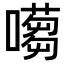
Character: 𡁿